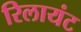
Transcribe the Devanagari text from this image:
रिलायंट